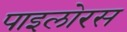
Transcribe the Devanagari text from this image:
पाइलोरस